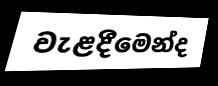
වැළදීමෙන්ද